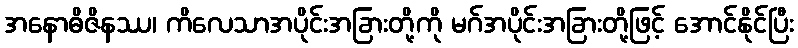
အနောဓိဇိနဿ၊ ကိလေသာအပိုင်းအခြားတို့ကို မဂ်အပိုင်းအခြားတို့ဖြင့် အောင်နိုင်ပြီး